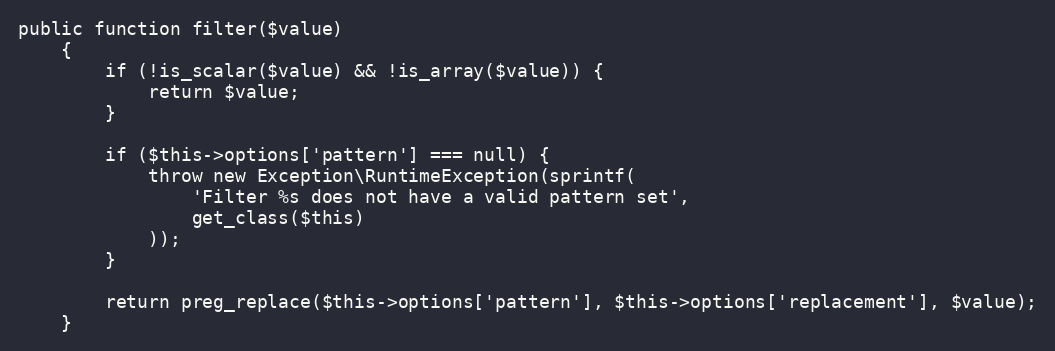
Language: PHP
public function filter($value)
    {
        if (!is_scalar($value) && !is_array($value)) {
            return $value;
        }

        if ($this->options['pattern'] === null) {
            throw new Exception\RuntimeException(sprintf(
                'Filter %s does not have a valid pattern set',
                get_class($this)
            ));
        }

        return preg_replace($this->options['pattern'], $this->options['replacement'], $value);
    }